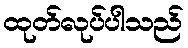
ထုတ်လုပ်ပါသည်